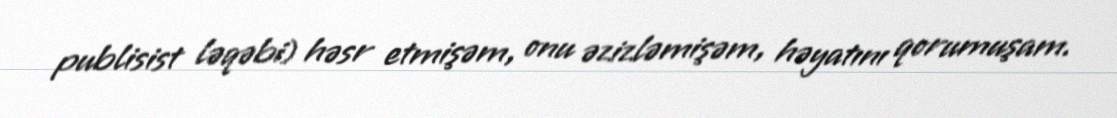
publisist ləqəbi) həsr etmişəm, onu əzizləmişəm, həyatını qorumuşam.